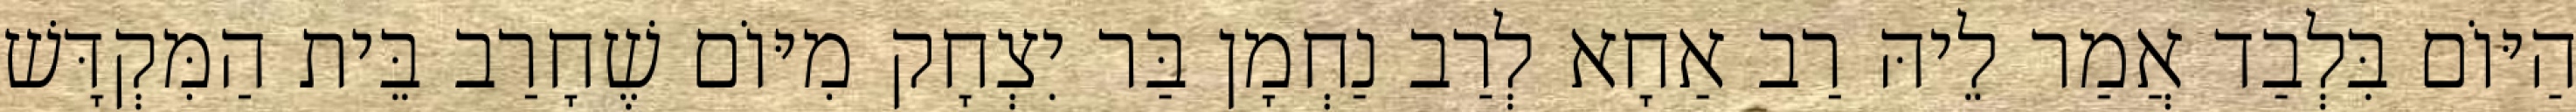
הַיּוֹם בִּלְבַד אֲמַר לֵיהּ רַב אַחָא לְרַב נַחְמָן בַּר יִצְחָק מִיּוֹם שֶׁחָרַב בֵּית הַמִּקְדָּשׁ